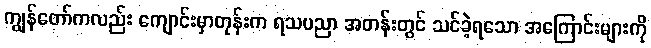
ကျွန်တော်ကလည်း ကျောင်းမှာတုန်းက ရသပညာ အတန်းတွင် သင်ခဲ့ရသော အကြောင်းများကို